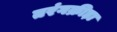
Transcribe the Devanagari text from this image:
तरंगक्रीड़ा